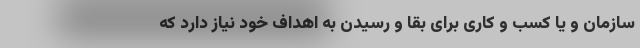
سازمان و یا کسب و کاری برای بقا و رسیدن به اهداف خود نیاز دارد که